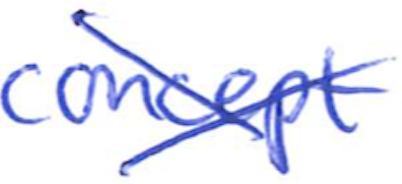
Text: concept
Cross-out: cross
Writing tool: ballpoint